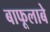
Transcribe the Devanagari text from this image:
बाफूलाबे